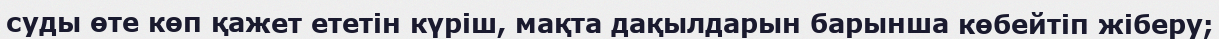
суды өте көп қажет ететін күріш, мақта дақылдарын барынша көбейтіп жіберу;